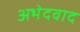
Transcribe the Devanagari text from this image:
अभेदवाद